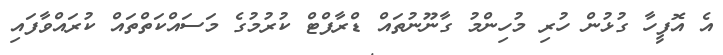
އެ އޮފީހާ ގުޅުން ހުރި މުހިންމު ގާނޫނުތައް ޑްރާފްޓް ކުރުމުގެ މަސައްކަތްތައް ކުރައްވާފައި